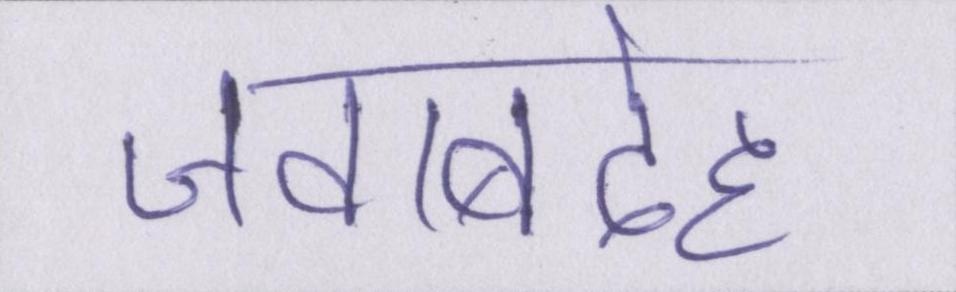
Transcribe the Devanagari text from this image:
जवाबदेह